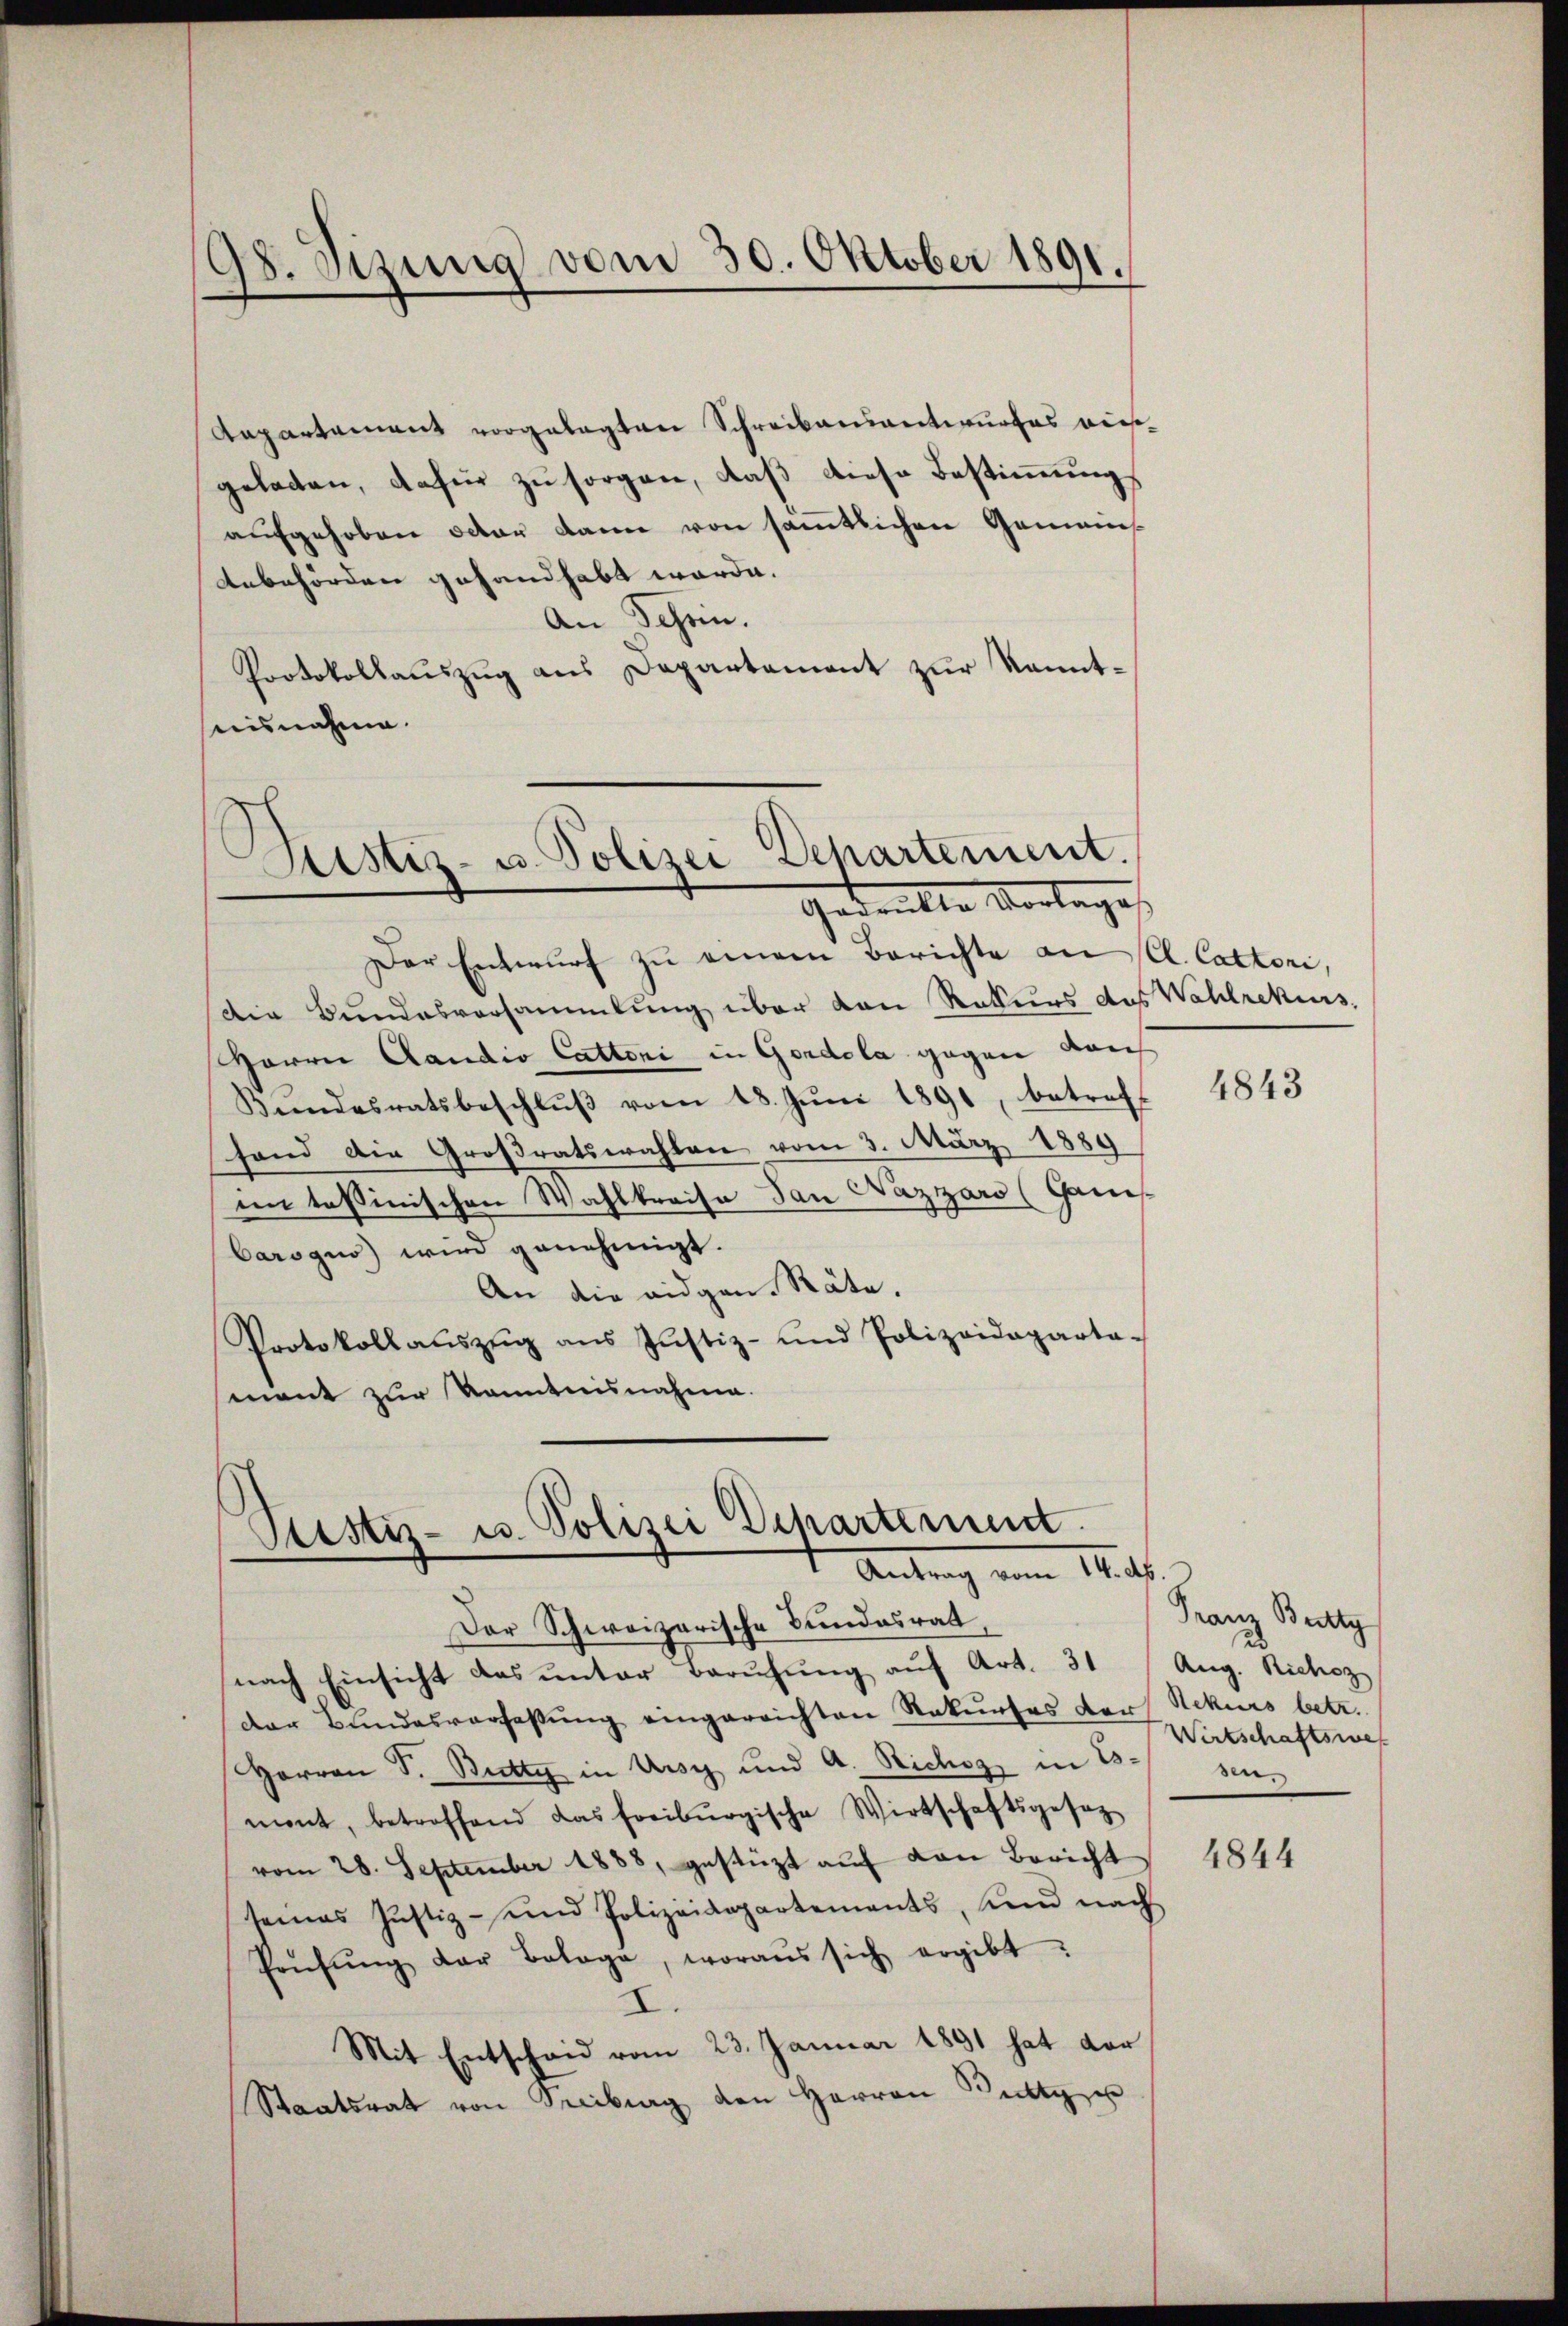
98. Sizung vom 30. Oktober 1891.

Repartament vorgelegten Schreibensantwurfes dies
geladen, dafür zu sorgen, daß diese Bestimmung
aufgehoben oder dann von sämtlichen Gemeins
Anbehörden gehandhabt werde.
An Schein.
Protokollauszug aus Departement zur Kenntseisnahme.
Sistiz- u. Polizei Departement.

Gedankte Vorlage

Der Entwŭrf zu einem Berichte an Cl. Cattori,
Die Bundesversammlung über den Rekurs des Wahlrekurs
Harrer Candio Cattoni in Gondola gegen durch
Kundesratsbeschlŭβ vom 18. Jŭni 1891, betreff
hand die Großratswahlen vom 3. März 1889
im tessinischen Wahlkreise dan Nazzaro (Ganis
Carsguo) wird genehmigt.
An die eidgen. Räte.
Protokollaŭszŭg ans Justiz- und Polizeideparta-
mant zur Kenntnisnahme.

Ptistiz- u. Polizei Departement.
Antrag vom 14.

Der Schweizerische Bundesrat,
nach Einsicht das ŭnter Berufung auf Art. 31 Aug. Richoz
der Bundesverfassung eingereichten Rekurses der Rekurs betr.
Herren S. Butty in Aug und A. Stichig in Emont, betroffend das freiburgische Wirtschaftsgesetz
vom 28. September 1888, gestüzt aŭf von Bericht
seines Justiz- und Polizeidepartements, um nach
Prüfŭng der Belage, woraŭs sich ergibt:
I.
Mit Entscheid vom 23. Januar 1891 hat der
Staatsrat von Seitrag den Herren Rutty u

4843

Franz Bettg
Wirtschaftswes
sen.

1844